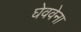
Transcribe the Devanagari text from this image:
घेववेना